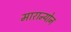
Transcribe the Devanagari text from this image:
मारान्योन